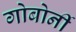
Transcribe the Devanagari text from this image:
गोबोर्नी